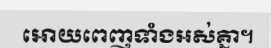
អោយពេញទាំងអស់គ្នា។